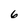
Character: 6